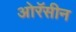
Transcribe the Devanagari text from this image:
ओरॅसीन